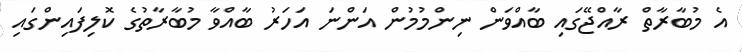
އެ މުބާރާތް ރާއްޖޭގައި ބާއްވަން ނިންމުމުން އަންނަ އަހަރު ބާއްވާ މުބާރާތުގެ ކޮލިފައިންގައި